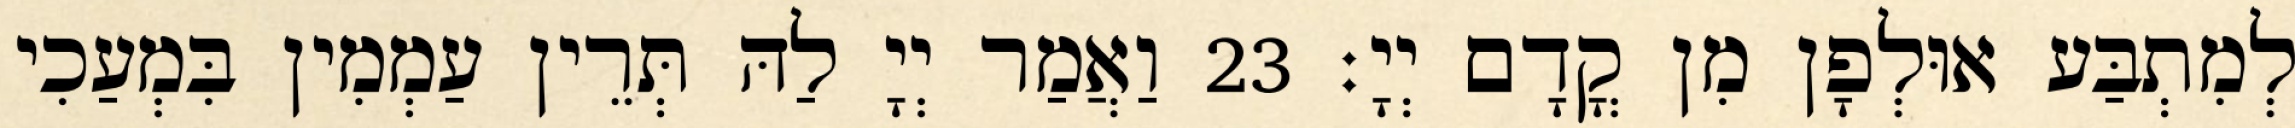
לְמִתְבַּע אוּלְפָן מִן קֳדָם יְיָ׃ 23 וַאֲמַר יְיָ לַהּ תְּרֵין עַמְמִין בִּמְעַכִי